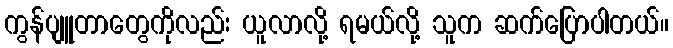
ကွန်ပျူတာတွေကိုလည်း ယူလာလို့ ရမယ်လို့ သူက ဆက်ပြောပါတယ်။